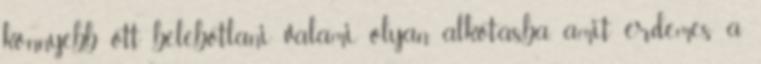
könnyebb ott belebotlani valami olyan alkotásba, amit érdemes a